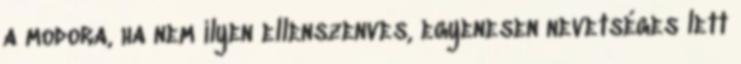
a modora, ha nem ilyen ellenszenves, egyenesen nevetséges lett